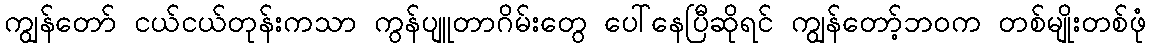
ကျွန်တော် ငယ်ငယ်တုန်းကသာ ကွန်ပျူတာဂိမ်းတွေ ပေါ်နေပြီဆိုရင် ကျွန်တော့်ဘဝက တစ်မျိုးတစ်ဖုံ